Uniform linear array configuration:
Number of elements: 8
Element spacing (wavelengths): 0.75
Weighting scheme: binomial
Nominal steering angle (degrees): -60
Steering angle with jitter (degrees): -61.292
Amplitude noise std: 0.05
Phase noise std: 0.05

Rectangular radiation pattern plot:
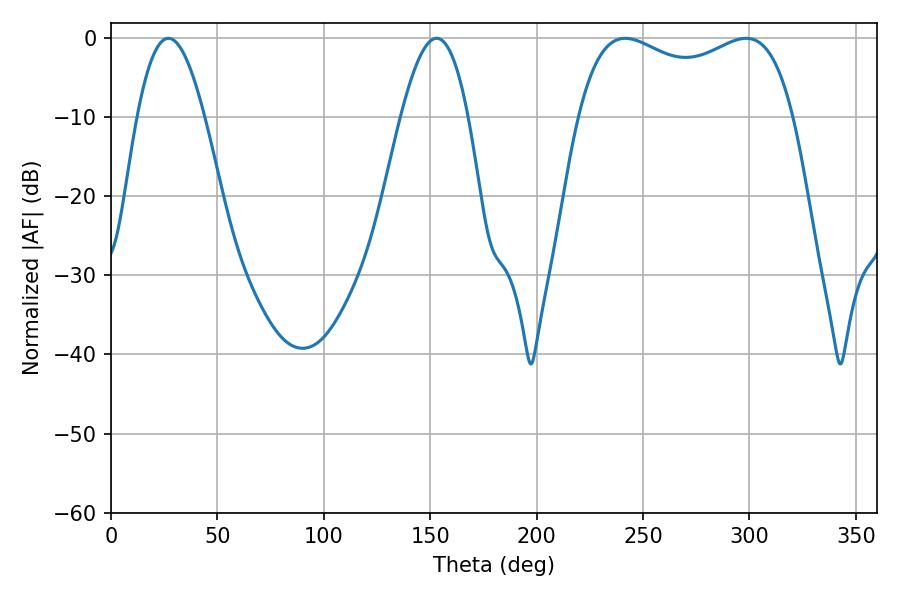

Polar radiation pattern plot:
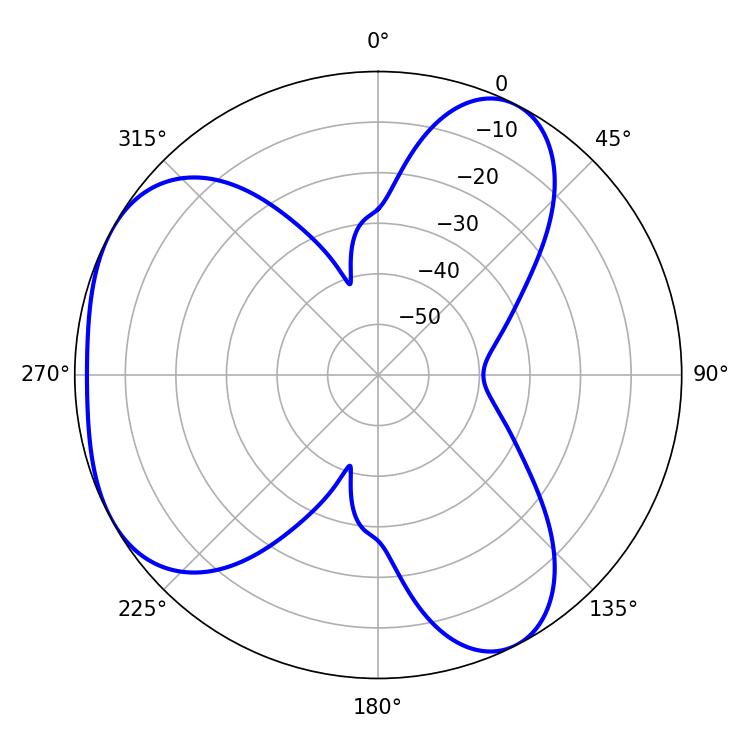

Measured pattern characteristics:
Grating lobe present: TRUE
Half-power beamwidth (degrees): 17.28
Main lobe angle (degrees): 27